Leningradi_Edasi_toimetus, lk 25
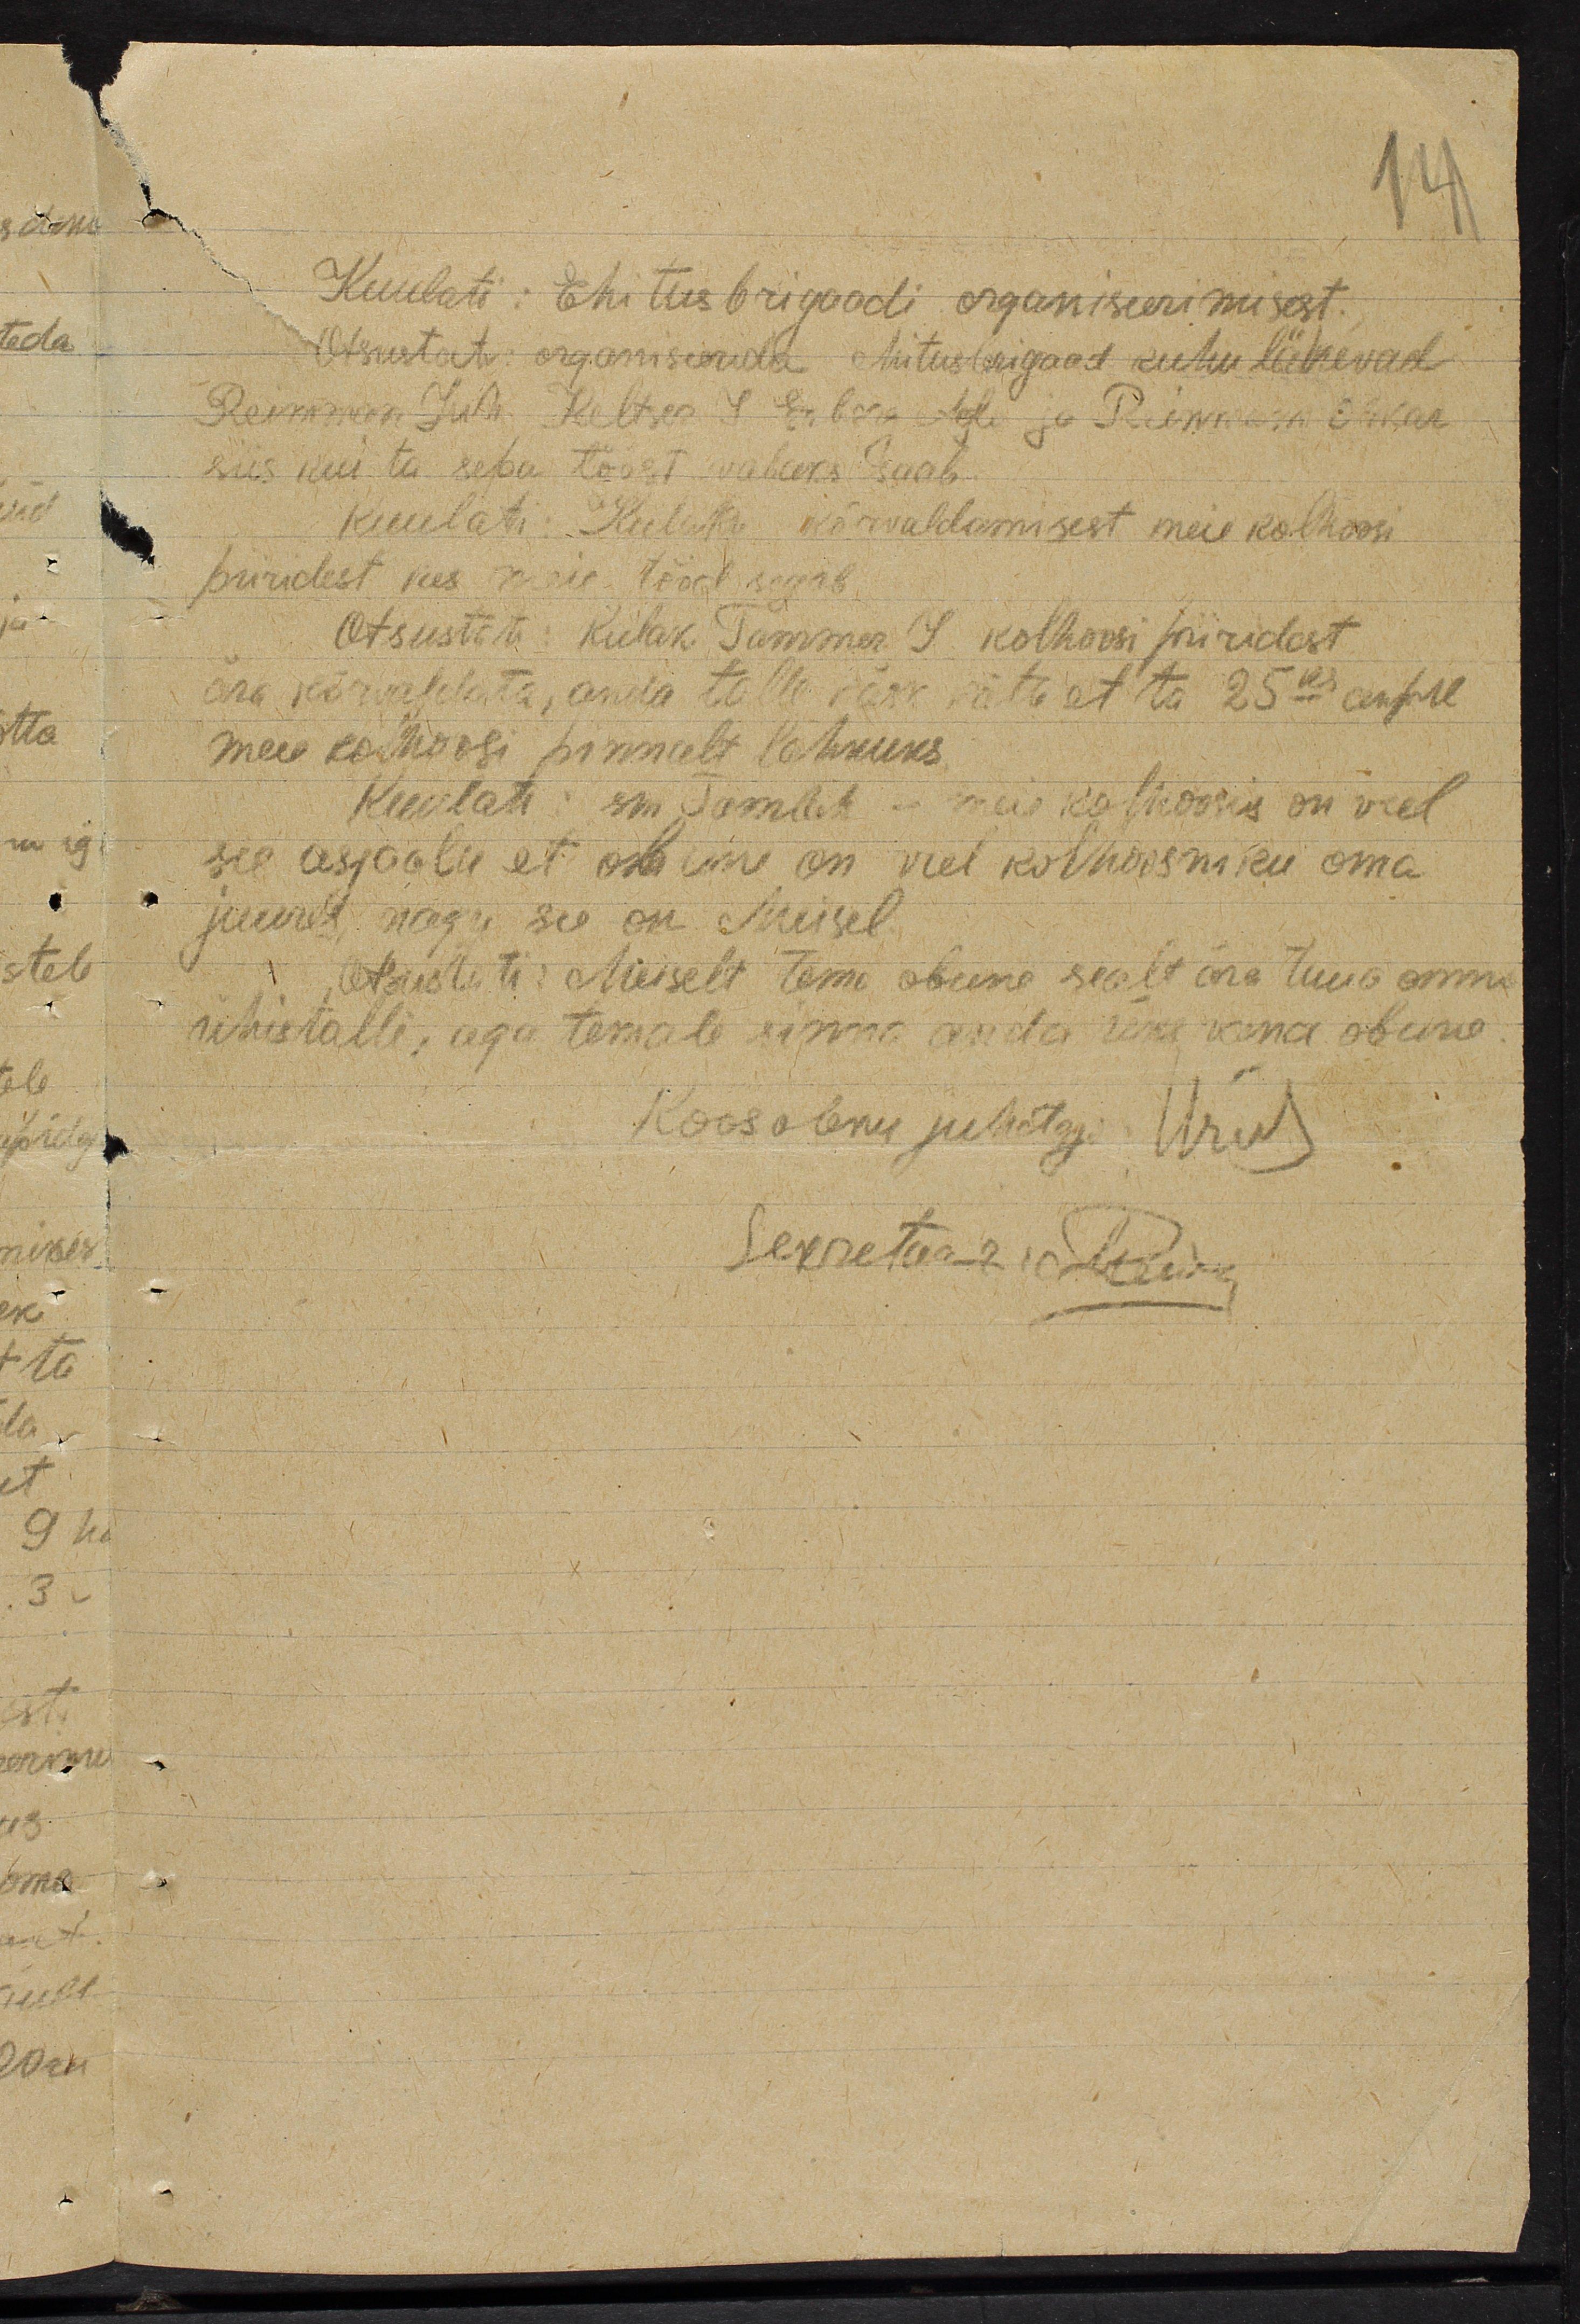
Kuulati: Ehitusbrigaadi organiseerimisest.
Otsustati: organiserida ehitusbrigaad kuhu lähevad
Reimson, Juh. Relter S Erbaks Adu ja Reinman Oskar
siis kui ta sepa tööst vabaks saab.
Kuulati: Kulaku kõrvaldamisest meie kolhoosi
piiridest kes meie tööd segab
Otsustati: Kulak Tammer S. kolhoosi piiridest
ära kõrvaltata, anda talle käsk kätte et ta 25ks aprill
meie kolhoosi pinnalt lahkuks.
Kuulati: sm Samleik - meie kolhoosis on veel
see asjaolu et obune on veel kolhoosniku oma
juurde nagu see on Meisel
Otsustati: Meiselt tema obune sealt ära tuua omma
ühistalli, aga temale sinna anda üks vana obune.
Koosoleku juhataja: Urus
Sekretär lehtiks